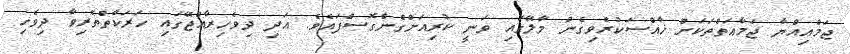
ޖަމްޢިއްޔާ ޖަމާޢަތްތަކަށް ޚާއްސަކުރެވިގެން މާލޭގައި ވަނީ ކުރިއަށްގެންގޮސްފައެވެ. އަދި ދިވެހިރާއްޖޭގައި ހަރަކާތްތެރިވާ ދިވެހި